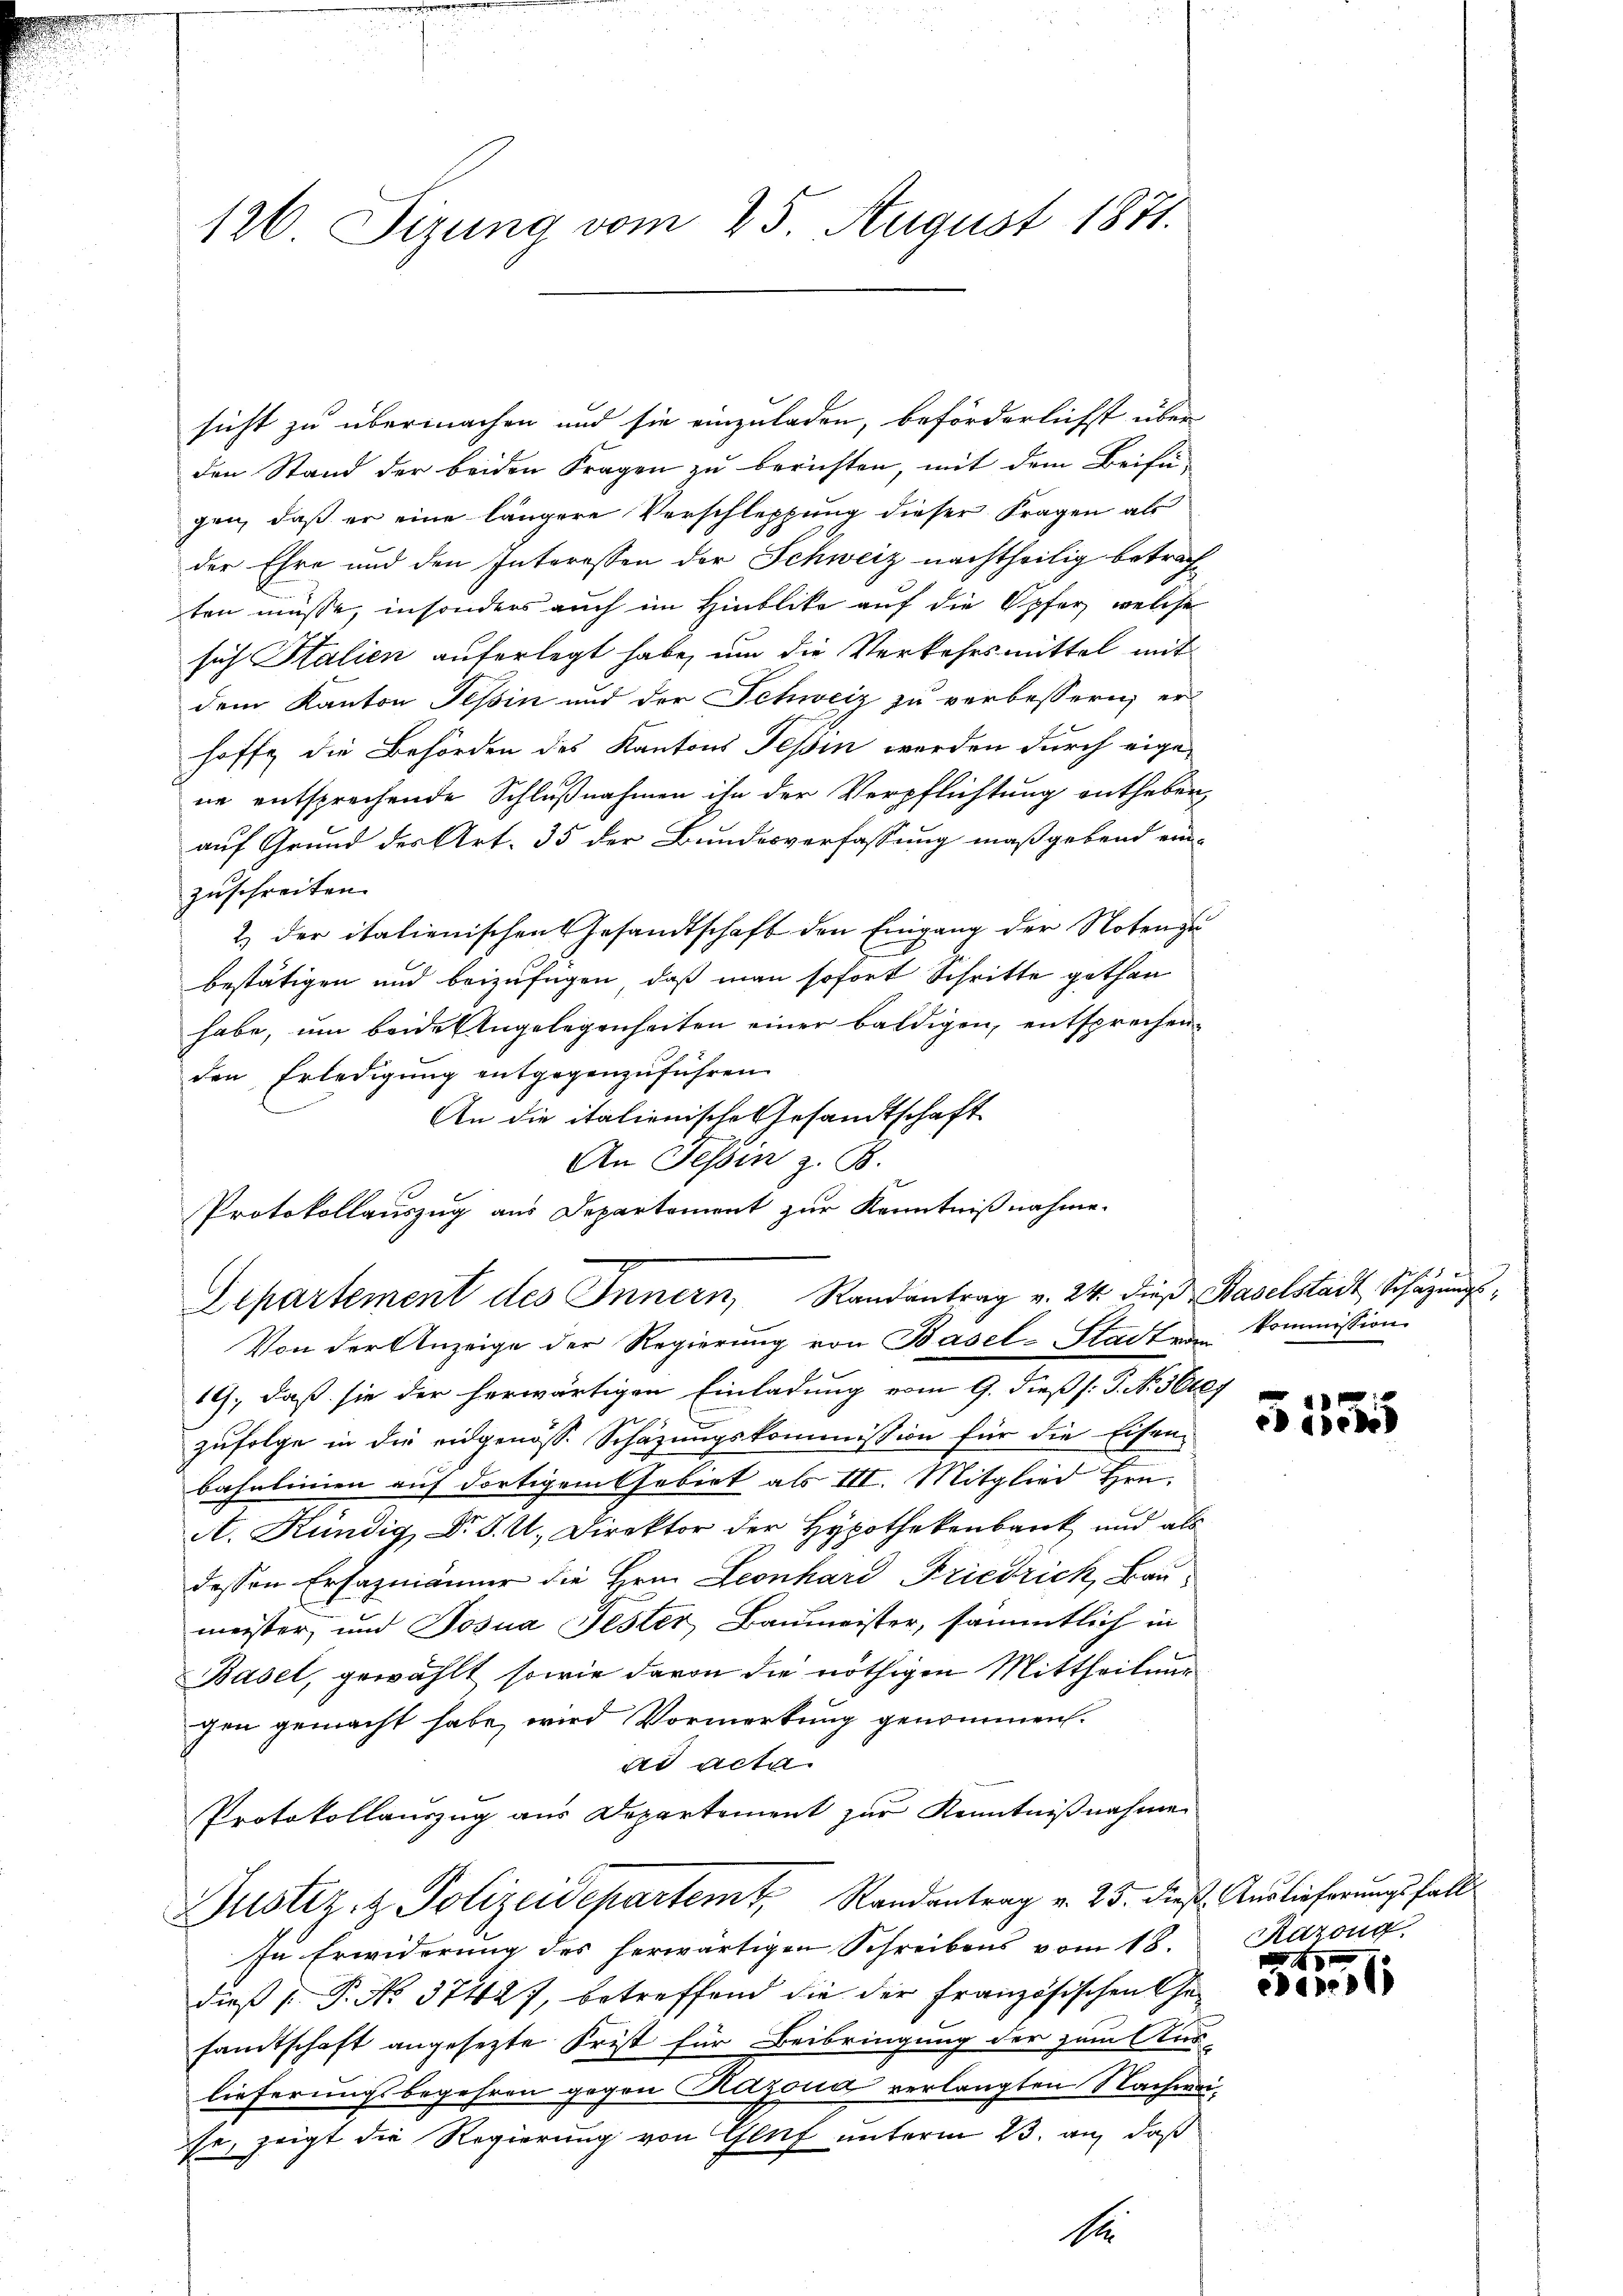
126 Sizung vom 25. August 1871.

sicht zu übermachen und sie einzuladen, beförderlichst über
den Stand der beiden Fragen zu berichten, mit dem Beifügen, daß er eine längere Verschleppung dieser Fragen als
der Ehre und den Interessen der Schweiz nachtheilig betrach-
ten müsse, insonders auch im Hinblike auf die Opfer, welche
sich Italien auferlegt habe, um die Verkehrsmittel mit
dem Kanton Tessin und der Schweiz zu verbessern er
hoffe die Behörden des Kantons Tessin werden durch eigene entsprechende Schlußnahmen ihn der Verpflichtung entheben,
auf Grund des Art. 35 der Bundesverfassung maßgebend ein-
zuschreiten.
2) der italienischen Gesandtschaft den Eingang der Noten zu
bestätigen und beizufügen, daß man sofort Schritte gethan
habe, um beide Angelegenheiten einer baldigen, entsprechenden Erledigung entgegenzuführen.
An die italienische Gesandtschaft
An Tessin z. B.
Von der Anzeige der Regierung von Basel-Stadten Kommission
19, daß sie der herwärtigen Einladung vom 9. dieß (: P. No. 5600.
zufolge in die eidgenöss. Schazungskommission für die Eisen-
bahnlinien auf dortigem Chobirt als III. Mitglied Hrn.
A. Kündig, Dr. S. U. Direktor der Hypothekenbank und als
dessen Erfazmänner die Hrn. Leonhard Friedrich, Baumeister, und Josua Jester Baumeister, sämmtlich in
Basel, gewählt, sowie davon die nöthigen Mittheilung
gen gemacht habe, wird Vormerkung genommen.
ad acta
Protokollauszug aus Departement zur Kenntnißnahme
Justiz- & Polizeidepartem Randantrag v. 25. dieß. Auslieferungsfall
In Erwiderung des herwärtigen Schreibens vom 18.
dieß P. No. 3742), betreffend die der Französischen Gesandtschaft angesetzte Frist für Beibringung der zum Aus-
lieferungsbegehren gegen Razona verlangten Nachweise, zeigt die Regierung von Gluf unterm 23. auf, daß

Protokollauszug aus Departement zur Kenntnißnahme.
Departement des Innern, Randantrag v. 24. dieß Baselstadt, Schazung,

S.

155

Razong

0 x
eder

s